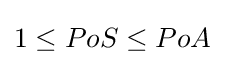
1\leq PoS\leq PoA